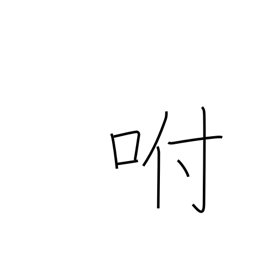
Meaning: blow